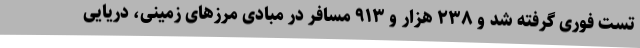
تست فوری گرفته شد و ۲۳۸ هزار و ۹۱۳ مسافر در مبادی مرزهای زمینی، دریایی